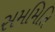
સમમિતિ